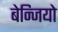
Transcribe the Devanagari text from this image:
बेन्जियो